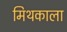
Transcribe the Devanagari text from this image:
मिथकाला